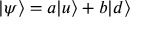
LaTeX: | \psi \rangle = a | u \rangle + b | d \rangle